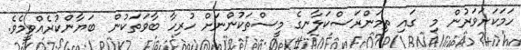
ހަމަކަށަވަރުން މި  ގައި ތިމަންރަސްކަލާނގެ މީސްތަކުންނަށް ހުރިހާ ބާވަތަކުން  ބަޔާންކުރެއްވީމެވެ.